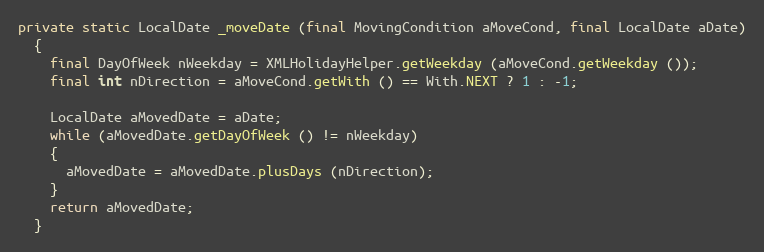
Language: Java
private static LocalDate _moveDate (final MovingCondition aMoveCond, final LocalDate aDate)
  {
    final DayOfWeek nWeekday = XMLHolidayHelper.getWeekday (aMoveCond.getWeekday ());
    final int nDirection = aMoveCond.getWith () == With.NEXT ? 1 : -1;

    LocalDate aMovedDate = aDate;
    while (aMovedDate.getDayOfWeek () != nWeekday)
    {
      aMovedDate = aMovedDate.plusDays (nDirection);
    }
    return aMovedDate;
  }